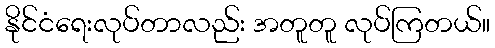
နိုင်ငံရေးလုပ်တာလည်း အတူတူ လုပ်ကြတယ်။